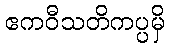
ဧကဝီသတိကပ္ပမှိ